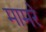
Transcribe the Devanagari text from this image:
मामरे